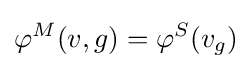
\varphi ^{M}(v,g)=\varphi ^{S}(v_{g})